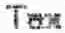
TAX